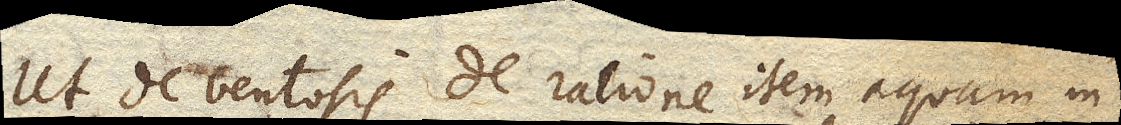
Ut de ventosis de ratione item aquam in